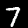
Label: 7